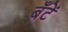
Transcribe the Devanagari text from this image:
बँटें